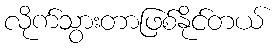
လိုက်သွားတာဖြစ်နိုင်တယ်